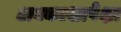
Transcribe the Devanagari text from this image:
अवकाशापेक्षा